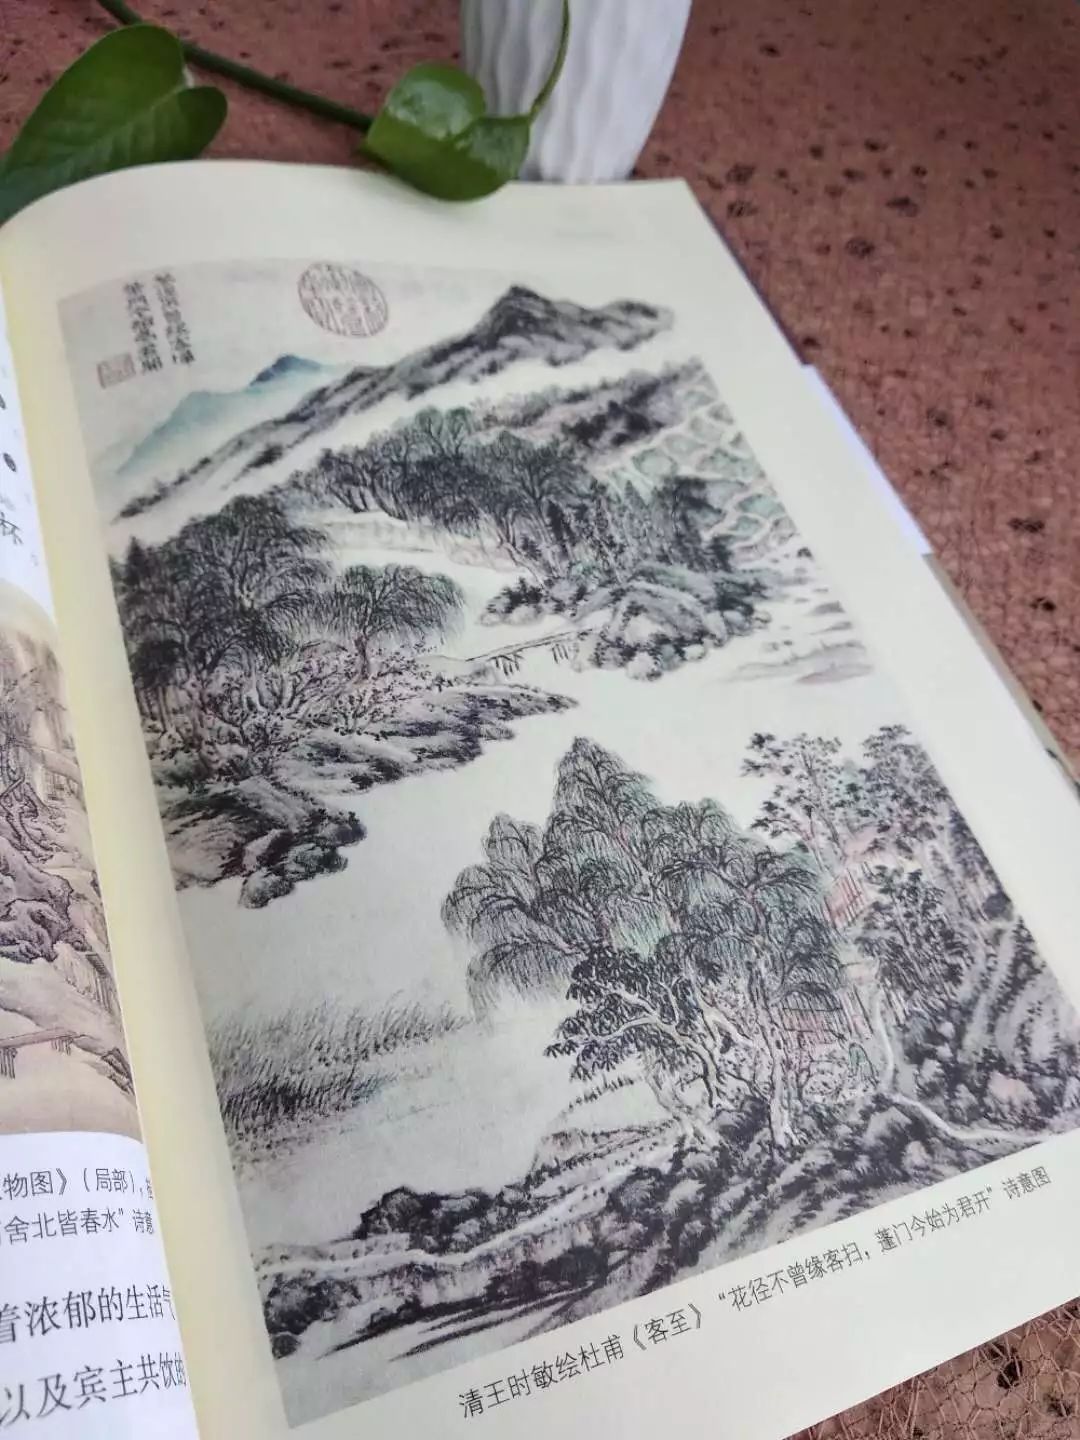
花径不曾缘客扫，蓬门今始为君开。